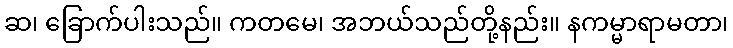
ဆ၊ ခြောက်ပါးသည်။ ကတမေ၊ အဘယ်သည်တို့နည်း။ နကမ္မာရာမတာ၊